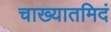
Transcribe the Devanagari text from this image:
चाख्यातमिदं